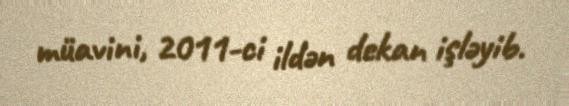
müavini, 2011-ci ildən dekan işləyib.